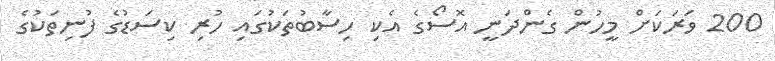
200 ވަރަކަށް މީހުން ގެންދަނީ އޮސޯގެ އެކި ހިސާބުތަކުގައި ހުރި ކިސަޑުގެ ފުނިތަކުގެ